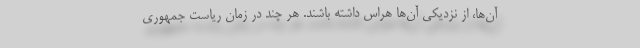
آن‌ها، از نزدیکی آن‌ها هراس داشته باشند. هر چند در زمان ریاست جمهوری